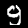
Label: 9